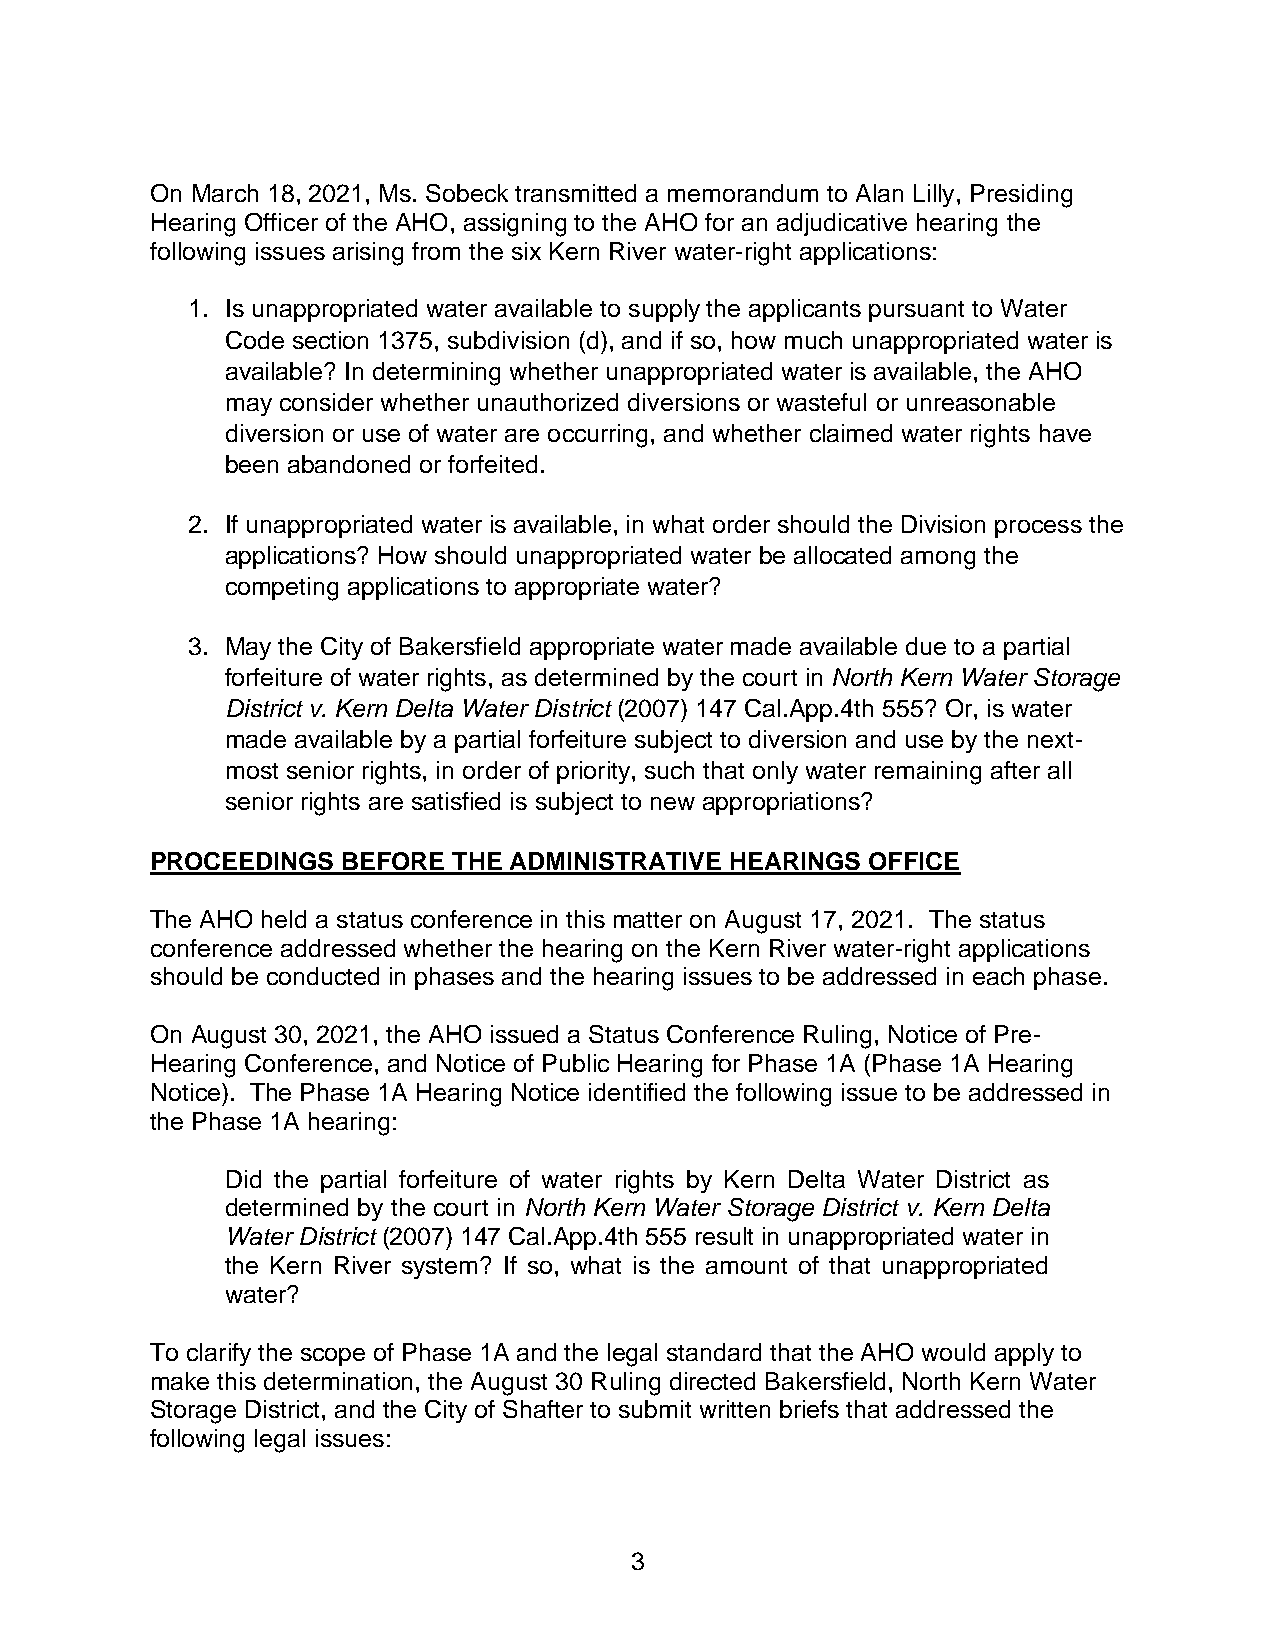
On March 18, 2021, Ms. Sobeck transmitted a memorandum to Alan Lilly, Presiding
 Hearing Officer of the AHO, assigning to the AHO for an adjudicative hearing the
 following issues arising from the six Kern River water-right applications:
 1. Is unappropriated water available to supply the applicants pursuant to Water
 Code section 1375, subdivision (d), and if so, how much unappropriated water is
 available? In determining whether unappropriated water is available, the AHO
 may consider whether unauthorized diversions or wasteful or unreasonable
 diversion or use of water are occurring, and whether claimed water rights have
 been abandoned or forfeited.
 2. If unappropriated water is available, in what order should the Division process the
 applications? How should unappropriated water be allocated among the
 competing applications to appropriate water?
 3. May the City of Bakersfield appropriate water made available due to a partial
 forfeiture of water rights, as determined by the court in North Kern Water Storage
 District v. Kern Delta Water District (2007) 147 Cal.App.4th 555? Or, is water
 made available by a partial forfeiture subject to diversion and use by the next-
 most senior rights, in order of priority, such that only water remaining after all
 senior rights are satisfied is subject to new appropriations?
 PROCEEDINGS  BEFORE THE ADMINISTRATIVE HEARINGS OFFICE
 The AHO held a status conference in this matter on August 17, 2021. The status
 conference addressed whether the hearing on the Kern River water-right applications
 should be conducted in phases and the hearing issues to be addressed in each phase.
 On August 30, 2021, the AHO issued a Status Conference Ruling, Notice of Pre-
 Hearing Conference, and Notice of Public Hearing for Phase 1A (Phase 1A Hearing
 Notice). The Phase 1A Hearing Notice identified the following issue to be addressed in
 the Phase 1A hearing:
 Did the partial forfeiture of water rights by Kern Delta Water District as
 determined by the court in North Kern Water Storage District v. Kern Delta
 Water District (2007) 147 Cal.App.4th 555 result in unappropriated water in
 the Kern River system? If so, what is the amount of that unappropriated
 water?
 To clarify the scope of Phase 1A and the legal standard that the AHO would apply to
 make this determination, the August 30 Ruling directed Bakersfield, North Kern Water
 Storage District, and the City of Shafter to submit written briefs that addressed the
 following legal issues:
 3